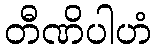
တီဏိပါဟံ